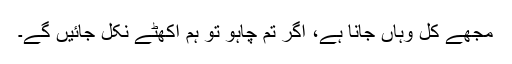
مجھے کل وہاں جانا ہے، اگر تم چاہو تو ہم اکھٹے نکل جائیں گے۔